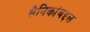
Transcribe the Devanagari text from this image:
सैनिकांबद्दल